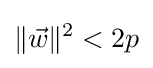
\|{\vec {w}}\|^{2}<2p